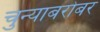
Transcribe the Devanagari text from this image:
चुन्याबरोबर